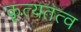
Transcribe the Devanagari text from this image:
कृत्यतत्व